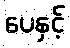
ပေနှင့်